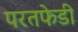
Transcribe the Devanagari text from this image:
परतफेडी